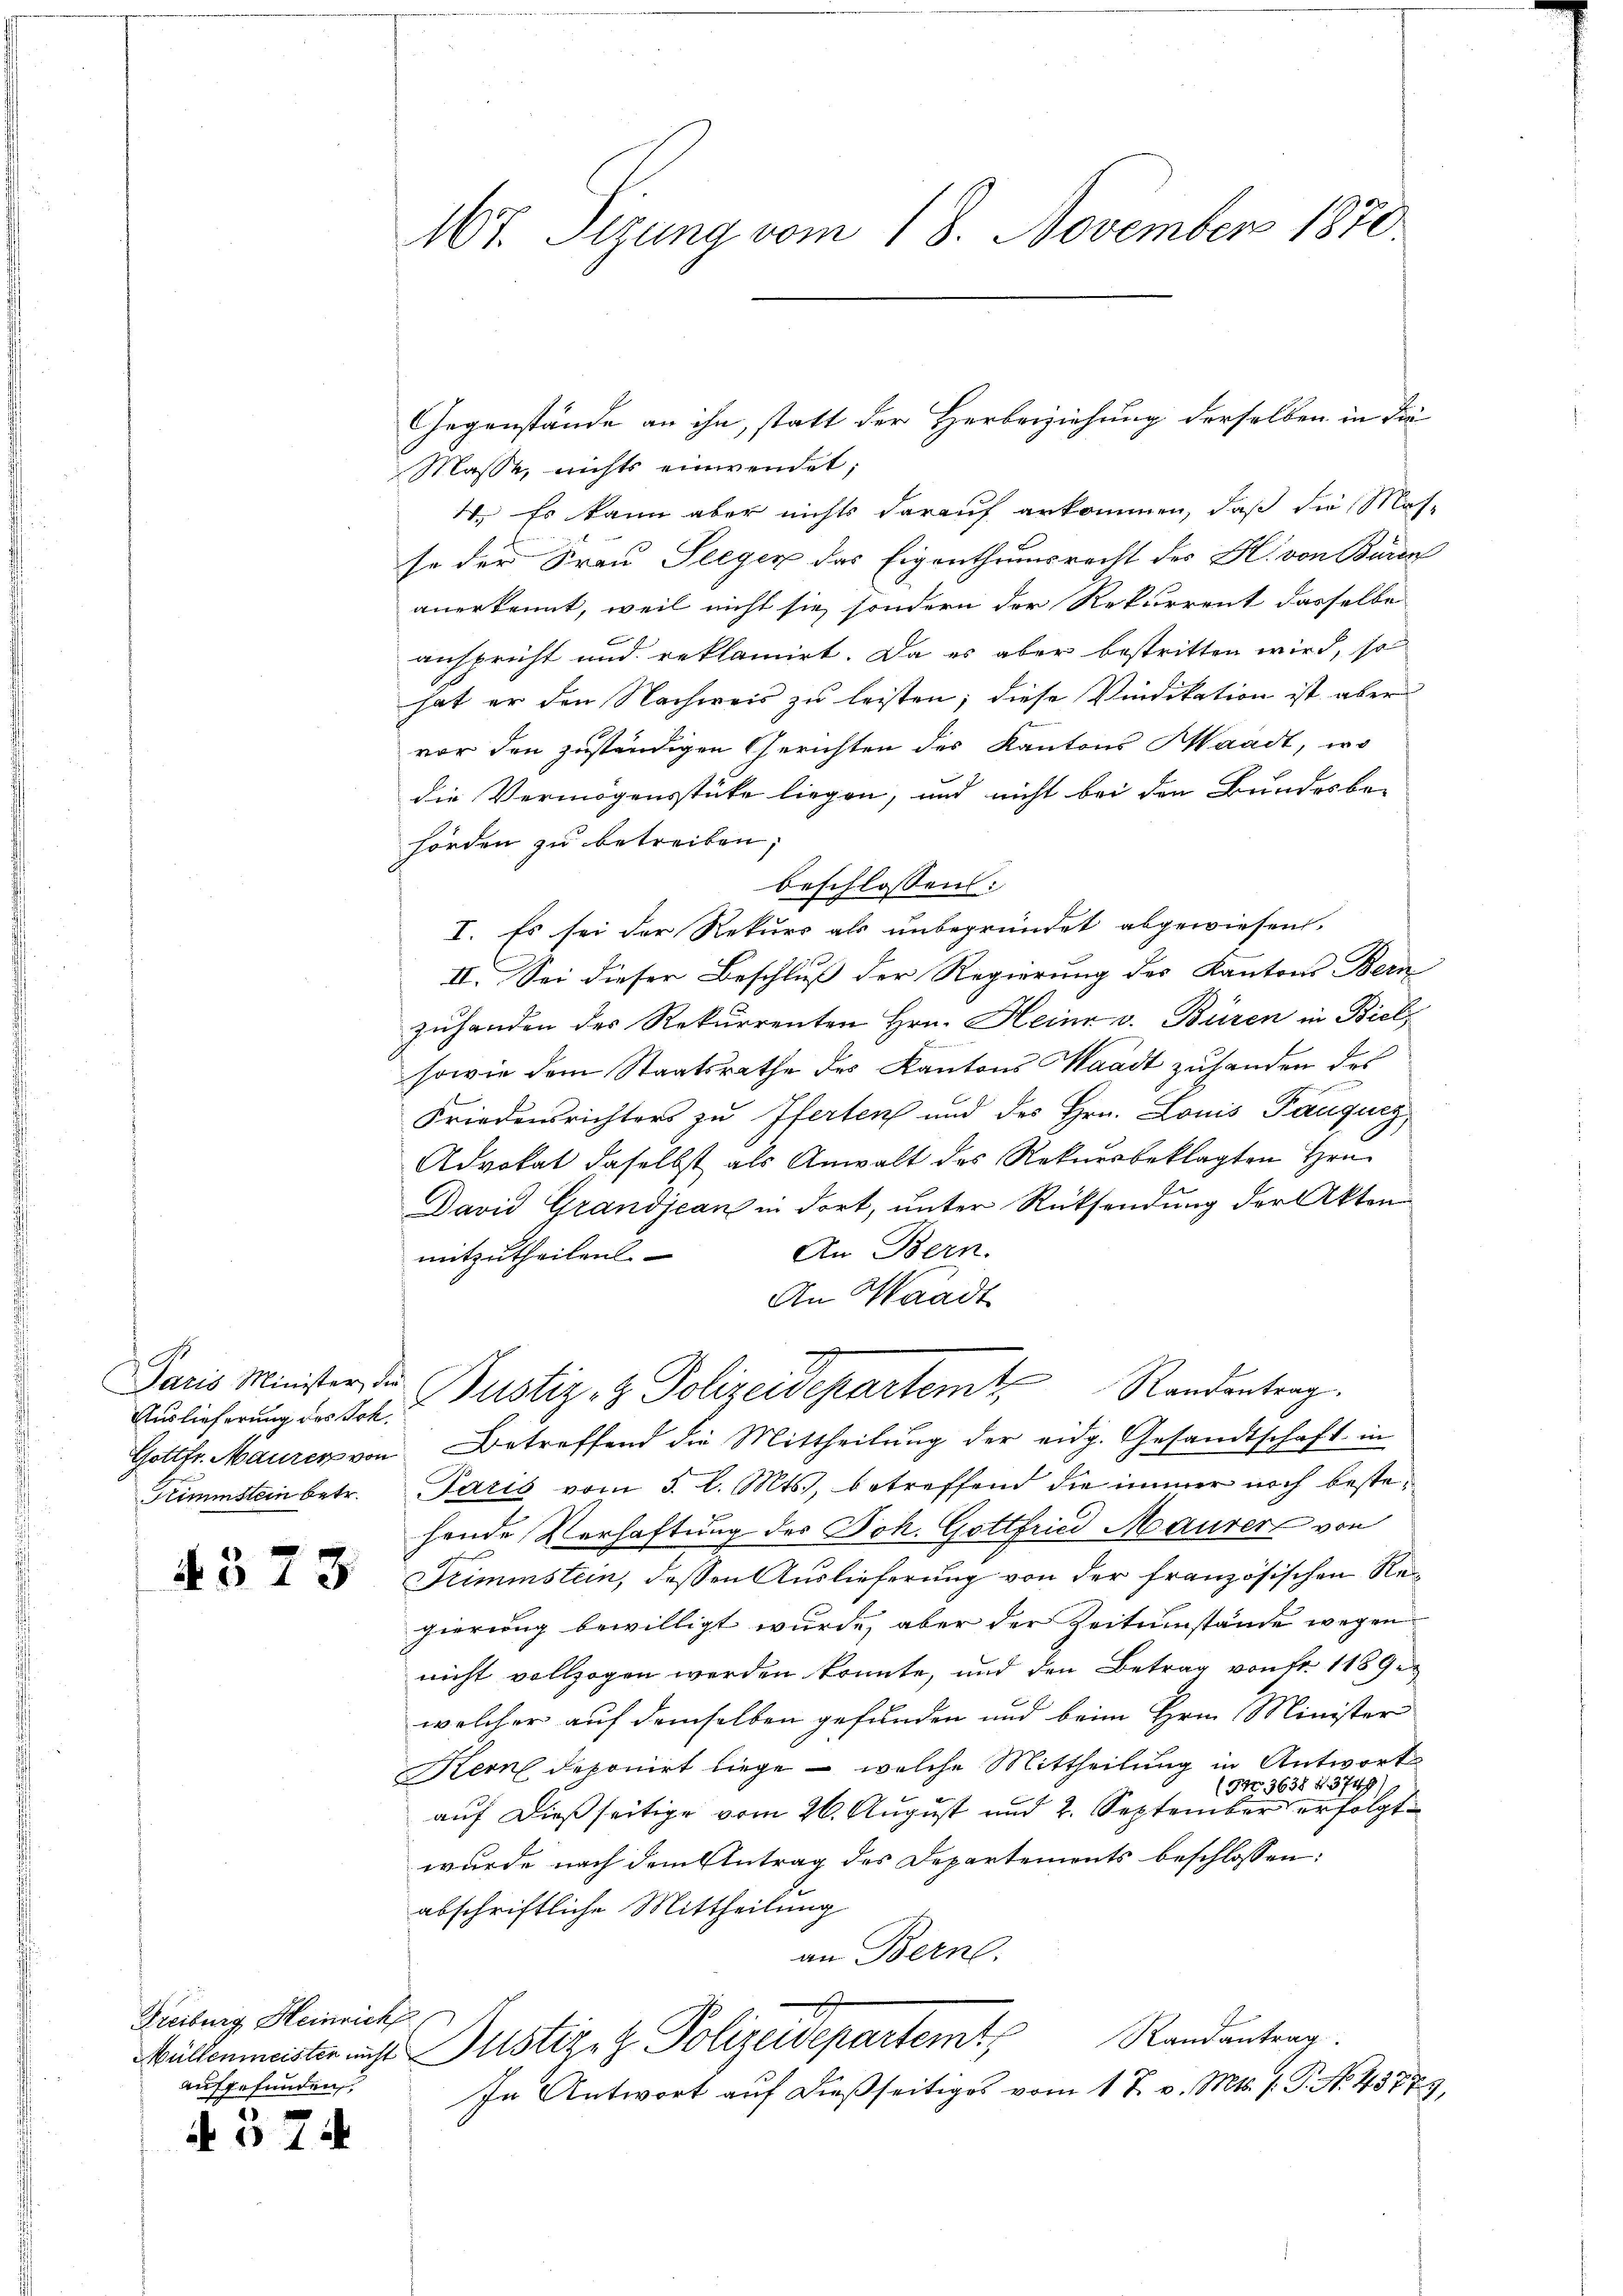
t
Paris Minister die

4373

Freiburg Heinrich
aufgefunden
 x

A 24 x

Mr. Sizung vom 18. November 1870.

Masse, nichts einwendet;
W. Es kann aber nichts darauf ankommen, daß die Masse der Frau Seeger das Eigenthumsrecht des Hl. von Bären
anerkennt, weil nicht sie, sondern der Rekurrent dasselbe
anspricht und reklamirt. Da es aber bestritten wird, so
hat er den Nachweis zu leisten; diese Vindikation ist aber
vor den zuständigen Gerichten des Kantons Waadt, wo
die Vermögensstüke liegen, und nicht bei den Bundesbe-
hörden zu betreiben;
beschlossens:
I. Es sei der Rekurs als unbegründet abgewiesen.
II. Sei dieser Beschluß der Regierung des Kantons Bern
zuhanden des Rekurrenten Hrn. Heinr v. Büren in Biel,
sowie dem Staatsrathe des Kantons Waadt zuhanden des
Friedensrichters zu Pferten und des Hrn. Louis Pauques,
Advokat daselbst als Anwalt des Rekursbeklagten Hrn.
David Grandjean in dort, unter Rücksendung der Akten
An Bern.
mitzutheilen.
An Waadt
Auslieferung der Fol. Pustiz & Polizeidepartemt Randentrag.
Gottfr. Maurer von Betreffend die Mittheilŭng der eidg. Gesandtschaft in
Stimmstein betr. Paris vom 3. l. Mts., betreffend die immer noch bestehende Verhaftung des Joh. Gottfried Maurer von
Trimmstein, dessen Auslieferung von der französischen Regierung bewilligt wurde, aber der Zeitumstände wegen
nicht vollzogen werden konnte, und den Betrag von fr. 1189
welcher auf demselben gefunden und beim Hrn. Minister
Kern deponirt liege – welche Mittheilung in Antwort
(NNo. 3658 f. 5749)
auf dießseitige vom 26. August und 2. September erfolgt
wurde nach dem Antrag des Departements beschlossen:
abschriftliche Mittheilung
an Bern.
Randantrag.
Müllenmeisten auch Justiz & Polizeidepartemt
In Antwort auf dießseitiges vom 17. v. Mts. f. P. No. 43779,

Gegenstände an ihn, statt der Herbeiziehung derselben in die